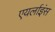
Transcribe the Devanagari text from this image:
एयर्लाइंस